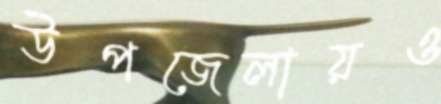
উপজেলায়ও